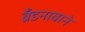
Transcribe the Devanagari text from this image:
ब्रँडनावाने